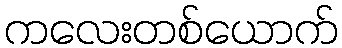
ကလေးတစ်ယောက်